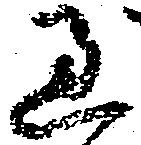
過